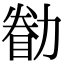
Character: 𠢚